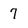
Character: 7